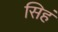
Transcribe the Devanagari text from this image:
सिहं